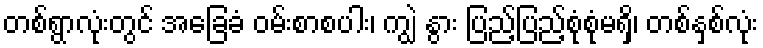
တစ်ရွာလုံးတွင် အခြေခံ ဝမ်းစာစပါး၊ ကျွဲ နွား ပြည့်ပြည့်စုံစုံမရှိ၊ တစ်နှစ်လုံး